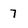
Character: 7